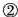
\underline{②}